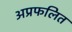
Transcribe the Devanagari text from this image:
अप्रफलित